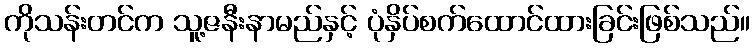
ကိုသန်းတင်က သူ့ဇနီးနာမည်နှင့် ပုံနှိပ်စက်ထောင်ထားခြင်းဖြစ်သည်။